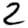
Digit: 2